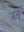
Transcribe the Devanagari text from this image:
म्ये